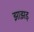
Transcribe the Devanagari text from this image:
झाझड़